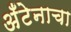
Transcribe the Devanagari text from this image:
अँटेनाचा